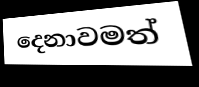
දෙනාවමත්